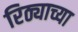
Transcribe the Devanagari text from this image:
रिठ्याच्या